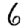
Digit: 6